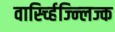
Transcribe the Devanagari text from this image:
वार्स्च्हिज्न्लिज्क